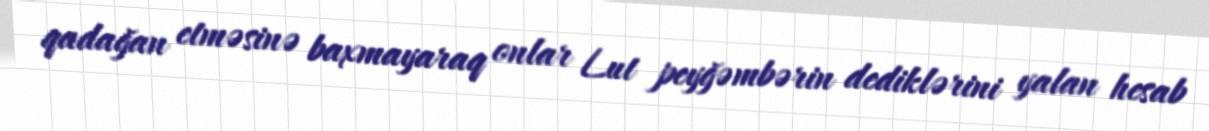
qadağan etməsinə baxmayaraq onlar Lut peyğəmbərin dediklərini yalan hesab